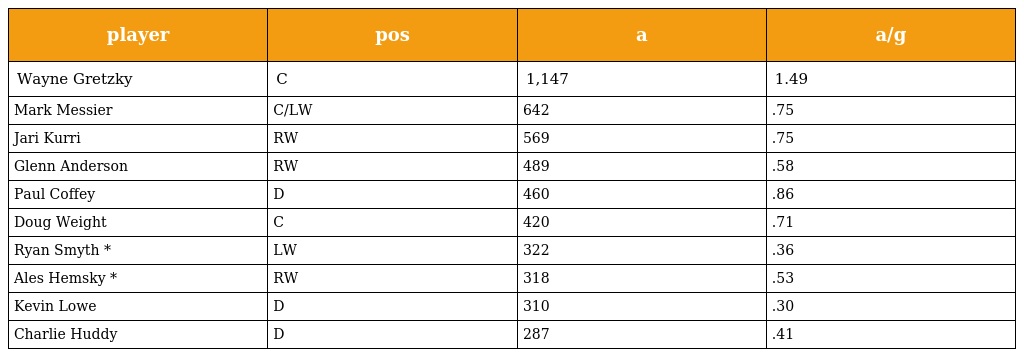
| player | pos | a | a/g |
 | --- | --- | --- | --- |
 | Wayne Gretzky | C | 1,147 | 1.49 |
 | Mark Messier | C/LW | 642 | .75 |
 | Jari Kurri | RW | 569 | .75 |
 | Glenn Anderson | RW | 489 | .58 |
 | Paul Coffey | D | 460 | .86 |
 | Doug Weight | C | 420 | .71 |
 | Ryan Smyth * | LW | 322 | .36 |
 | Ales Hemsky * | RW | 318 | .53 |
 | Kevin Lowe | D | 310 | .30 |
 | Charlie Huddy | D | 287 | .41 |